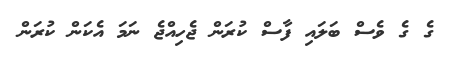
ގެ ގެ ވެސް ބަލައި ފާސް ކުރަން ޖެހިއްޖެ ނަމަ އެކަން ކުރަން